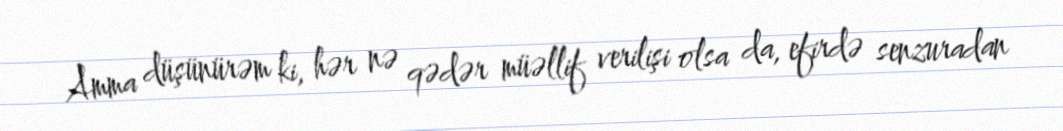
Amma düşünürəm ki, hər nə qədər müəllif verilişi olsa da, efirdə senzuradan